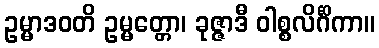
ဥမ္မာဒဝတိ ဥမ္မတ္တော၊ ခုဇ္ဇာဒီ ဝါစ္စလိင်္ဂိကာ။